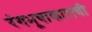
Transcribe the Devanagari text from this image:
रंगभूषाकाराची